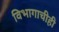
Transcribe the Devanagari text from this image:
विभागाचीही